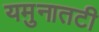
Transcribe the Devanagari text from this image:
यमुनातटी